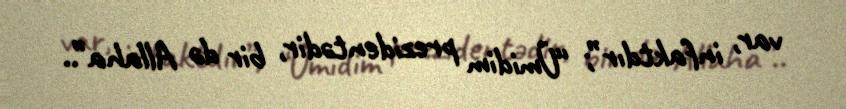
var, infaktdır”; “Ümidim prezidentədir, bir də Allaha”..